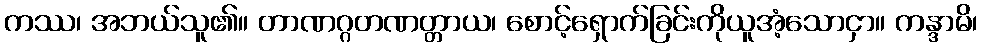
ကဿ၊ အဘယ်သူ၏။ တာဏဂ္ဂတဏတ္တာယ၊ စောင့်ရှောက်ခြင်းကိုယူအံ့သောငှာ။ ကန္ဒာမိ၊